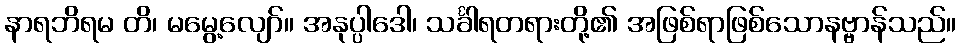
နာရဘိရမ တိ၊ မမွေ့လျော်။ အနုပ္ပါဒေါ၊ သင်္ခါရတရားတို့၏ အဖြစ်ရာဖြစ်သောနဗ္ဗာန်သည်။